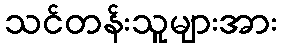
သင်တန်းသူများအား